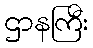
ဌာနကြီး